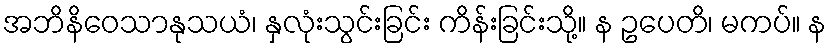
အဘိနိဝေသာနုသယံ၊ နှလုံးသွင်းခြင်း ကိန်းခြင်းသို့။ န ဥပေတိ၊ မကပ်။ န